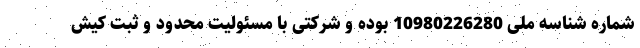
شماره شناسه ملی 10980226280 بوده و شرکتی با مسئولیت محدود و ثبت کیش